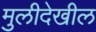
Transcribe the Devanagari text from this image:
मुलीदेखील